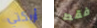
أريكتي فقط